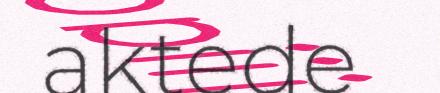
aktede